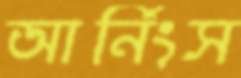
আর্নিংস